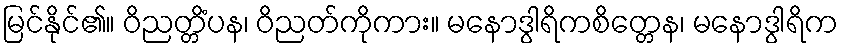
မြင်နိုင်၏။ ဝိညတ္တိံပန၊ ဝိညတ်ကိုကား။ မနောဒွါရိကစိတ္တေန၊ မနောဒွါရိက